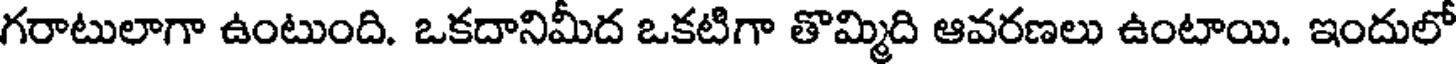
గరాటులాగా ఉంటుంది. ఒకదానిమీద ఒకటిగా తొమ్మిది ఆవరణలు ఉంటాయి. ఇందులో